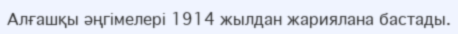
Алғашқы әңгімелері 1914 жылдан жариялана бастады.